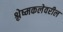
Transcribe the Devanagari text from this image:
श्लेष्मकलेवरील